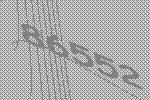
86552